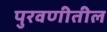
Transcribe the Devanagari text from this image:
पुरवणीतील